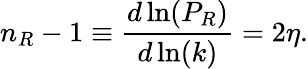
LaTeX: n_{R}-1\equiv\frac{d\ln(P_{R})}{d\ln(k)}=2\eta.